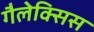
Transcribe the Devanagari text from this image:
गैलेक्सिस